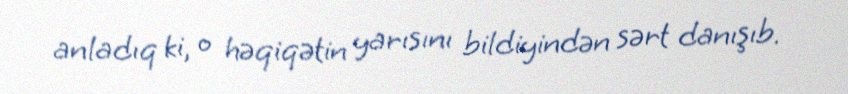
anladıq ki, o həqiqətin yarısını bildiyindən sərt danışıb.